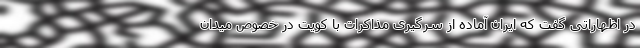
در اظهاراتی گفت که ایران آماده از سرگیری مذاکرات با کویت در خصوص میدان